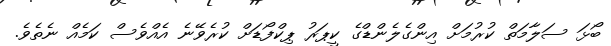
ބޯޅަ ސަލާމަތް ކުރުމަށް އިންގެލެންޑްގެ ކީޕަރު ޕިކްފޯޑަށް ކުރެވޭނެ އެއްވެސް ކަމެއް ނެތެވެ.